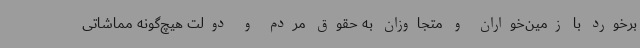
برخورد با زمین‌خواران و متجاوزان به حقوق مردم و دولت هیچ‌گونه مماشاتی